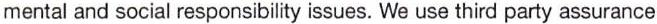
mental and social responsibility issues. We use third party assurance